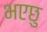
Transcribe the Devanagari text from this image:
भएछु